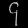
Digit: ၄